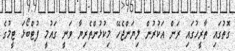
ގޮތުގައި ތާރީހުގައި ރަން އަކުރުން ލިޔަންޖެހޭ މިކުޅުންތެރިޔާ ވަނީ ގައުމީ ފުޓްބޯޅަ ޓީމުގެ